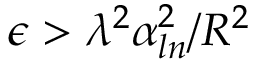
\epsilon > \lambda ^ { 2 } \alpha _ { l n } ^ { 2 } / R ^ { 2 }